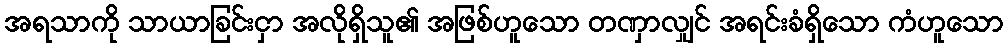
အရသာကို သာယာခြင်းငှာ အလိုရှိသူ၏ အဖြစ်ဟူသော တဏှာလျှင် အရင်းခံရှိသော ကံဟူသော